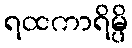
ရထကာရိမ္ပိ